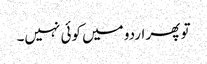
تو پھر اردو میں کوئی نہیں۔